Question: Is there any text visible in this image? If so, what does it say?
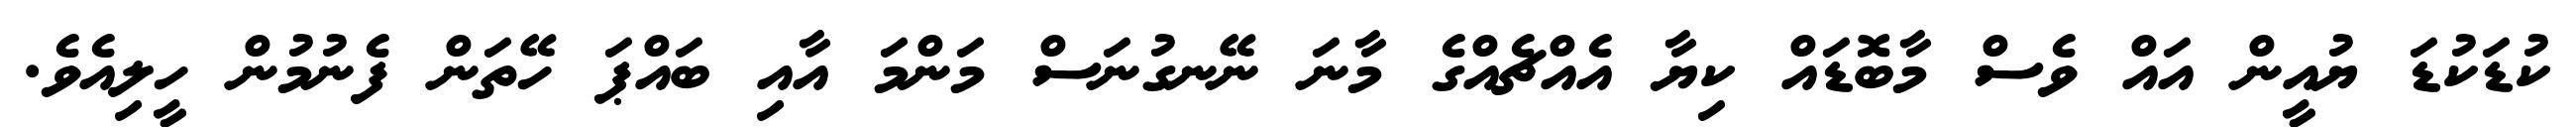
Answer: ކުޑަކުޑަ ޔުއީން އައް ވެސް މާބޮޑައް ކިޔާ އެއްޗެއްގެ މާނަ ނޭނގުނަސް މަންމަ އާއި ބައްޕަ ހޭތަން ފެނުމުން ހީލިއެވެ.